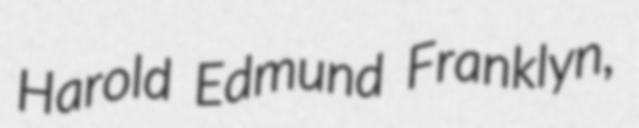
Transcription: Harold Edmund Franklyn,